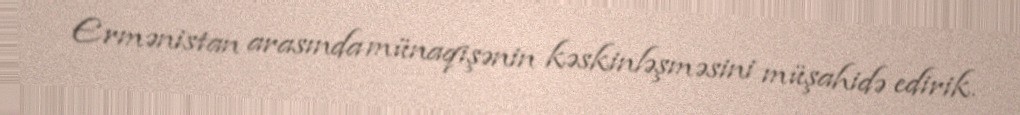
Ermənistan arasında münaqişənin kəskinləşməsini müşahidə edirik.